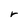
Character: r